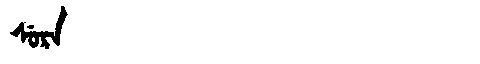
Manchu: ᠰᡠᡵᠠ
Romanization: SURA